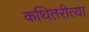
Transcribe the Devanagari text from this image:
कथितरीत्या